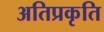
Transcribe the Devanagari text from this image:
अतिप्रकृति